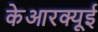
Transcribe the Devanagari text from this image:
केआरक्यूई